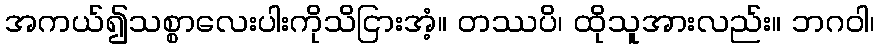
အကယ်၍သစ္စာလေးပါးကိုသိငြားအံ့။ တဿပိ၊ ထိုသူအားလည်း။ ဘဂဝါ၊